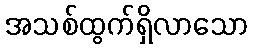
အသစ်ထွက်ရှိလာသော